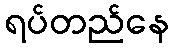
ရပ်တည်နေ